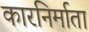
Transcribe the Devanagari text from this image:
कारनिर्माता